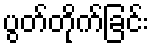
ပွတ်တိုက်ခြင်း